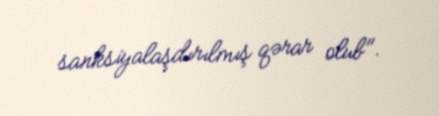
sanksiyalaşdırılmış qərar olub".